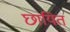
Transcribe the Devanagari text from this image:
छायित